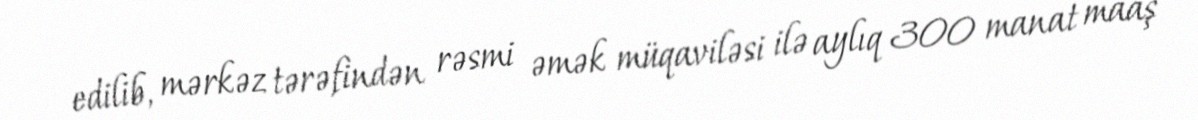
edilib, mərkəz tərəfindən rəsmi əmək müqaviləsi ilə aylıq 300 manat maaş